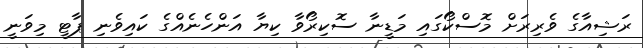
ރަޝިއާގެ ވެރިރަށް މޮސްކޯގައި މަޑީނާ ސޮކިރޯވާ ކިޔާ އަންހެނެއްގެ ކައިވެނި ޕާޓީ މިވަނީ